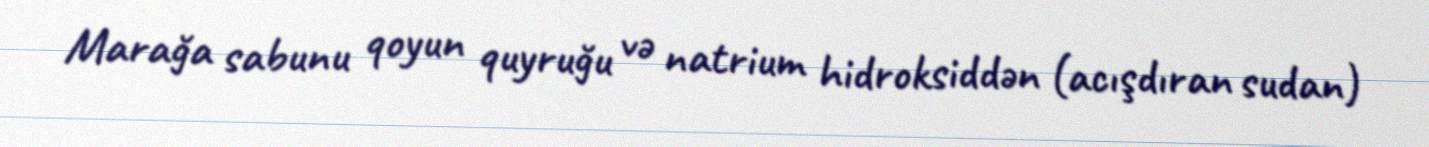
Marağa sabunu qoyun quyruğu və natrium hidroksiddən (acışdıran sudan)